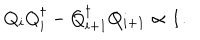
Q _ { i } Q _ { i } ^ { \dagger } - Q _ { i + 1 } ^ { \dagger } Q _ { i + 1 } \propto \mathbf { 1 } .